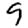
Digit: 9